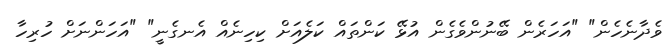
ވެދާނެހެން" "އަހަރެން ބޭނުންވެގެން އުޅޭ ކަންތައް ކަލެއަށް ކިހިނެއް އެނގެނީ" "އަހަންނަށް ހުރިހާ